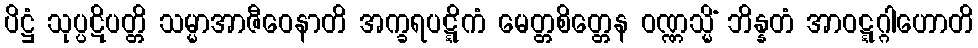
ပိဋ္ဌံ သုပ္ပဋိပတ္တိ သမ္မာအာဇီဝေနာတိ အက္ခရပဋ္ဋိကံ မေတ္တစိတ္တေန ဝဏ္ဏသ္မိံ ဘိန္နတံ အာဝဋ္ဋဂ္ဂါဟောတိ